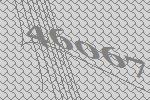
46067